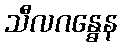
သီလဂန္ဓေန